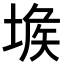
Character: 𡎇